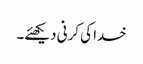
خدا کی کرنی دیکھئے۔